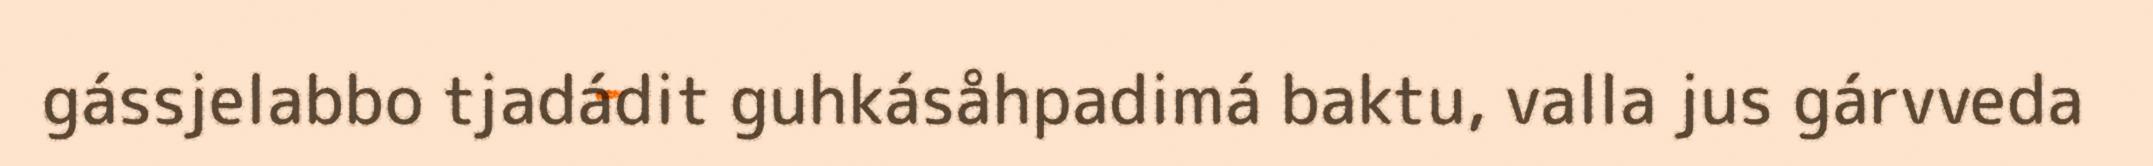
gássjelabbo tjadádit guhkásåhpadimá baktu, valla jus gárvveda